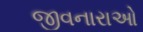
જીવનારાઓ